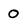
Character: O